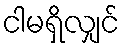
ငါမရှိလျှင်